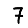
Digit: 7